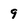
Character: 9